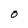
Character: O